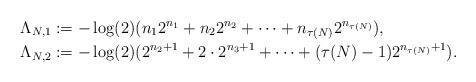
LaTeX: \begin{align*}\Lambda_{N,1} & :=-\log(2)(n_{1} 2^{n_{1}}+n_{2} 2^{n_{2}}+\cdots+n_{\tau(N)} 2^{n_{\tau(N)}}),\\\Lambda_{N,2} & :=-\log(2)(2^{n_{2}+1}+2\cdot 2^{n_{3}+1}+\cdots+(\tau(N)-1) 2^{n_{\tau(N)}+1}).\end{align*}